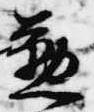
懃